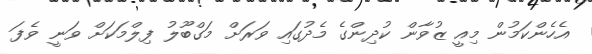
އެހެންކަމުން މިއީ ޒުވާން ކުދިންގެ މެދުގައި ވަރަށް މަގްބޫލު ފިލްމަކަށް ވަނީ ވެފަ